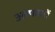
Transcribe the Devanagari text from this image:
अल्फाजों